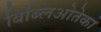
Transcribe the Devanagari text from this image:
बिब्लिओतेका